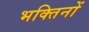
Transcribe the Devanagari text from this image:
भक्तिनों